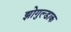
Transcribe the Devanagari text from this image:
झोगुल्डाक